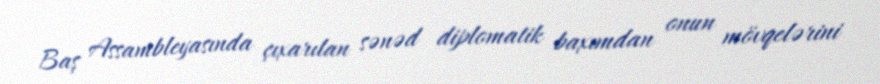
Baş Assambleyasında çıxarılan sənəd diplomatik baxımdan onun mövqelərini